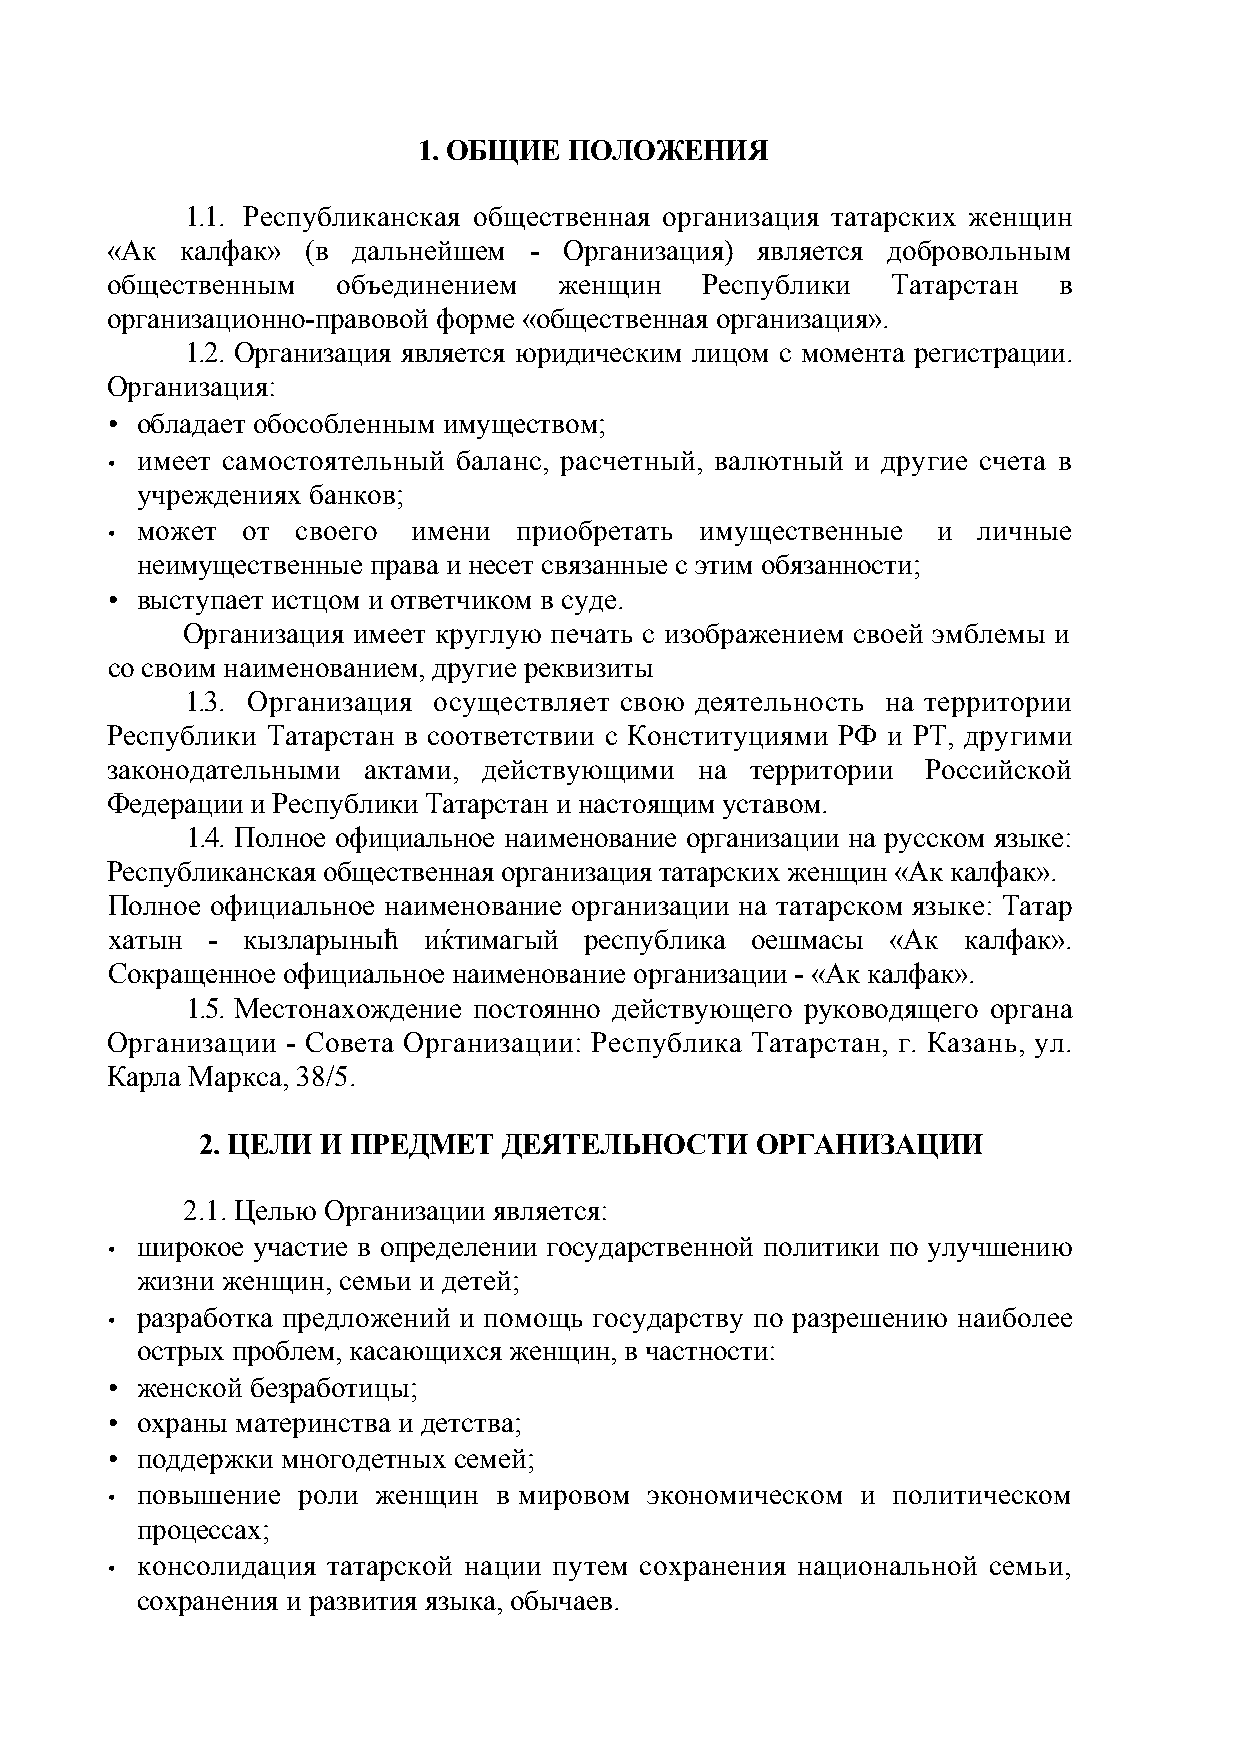
1. ОБЩИЕ  ПОЛОЖЕНИЯ
 1.1. Республиканская общественная организация татарских женщин
 «Ак  калфак» (в дальнейшем  - Организация) является добровольным
 общественным   объединением   женщин   Республики   Татарстан  в
 организационно-правовой форме «общественная организация».
 1.2. Организация является юридическим лицом с момента регистрации.
 Организация:
 • обладает обособленным имуществом;
 имеет самостоятельный баланс, расчетный, валютный и другие счета в
 •
 учреждениях банков;
 может  от  своего имени  приобретать имущественные   и  личные
 •
 неимущественные права и несет связанные с этим обязанности;
 • выступает истцом и ответчиком в суде.
 Организация имеет круглую печать с изображением своей эмблемы и
 со своим наименованием, другие реквизиты
 1.3. Организация осуществляет свою деятельность на территории
 Республики Татарстан в соответствии с Конституциями РФ и РТ, другими
 законодательными актами, действующими  на  территории Российской
 Федерации и Республики Татарстан и настоящим уставом.
 1.4. Полное официальное наименование организации на русском языке:
 Республиканская общественная организация татарских женщин «Ак калфак».
 Полное официальное наименование организации на татарском языке: Татар
 хатын  - кызларыныћ  иќтимагый  республика оешмасы  «Ак  калфак».
 Сокращенное официальное наименование организации - «Ак калфак».
 1.5. Местонахождение постоянно действующего руководящего органа
 Организации - Совета Организации: Республика Татарстан, г. Казань, ул.
 Карла Маркса, 38/5.
 2. ЦЕЛИ И ПРЕДМЕТ   ДЕЯТЕЛЬНОСТИ     ОРГАНИЗАЦИИ
 2.1. Целью Организации является:
 широкое участие в определении государственной политики по улучшению
 •
 жизни женщин, семьи и детей;
 разработка предложений и помощь государству по разрешению наиболее
 •
 острых проблем, касающихся женщин, в частности:
 • женской безработицы;
 • охраны материнства и детства;
 • поддержки многодетных семей;
 повышение  роли женщин  в мировом экономическом и политическом
 •
 процессах;
 консолидация татарской нации путем сохранения национальной семьи,
 •
 сохранения и развития языка, обычаев.